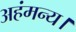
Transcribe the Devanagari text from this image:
अहंमन्य।